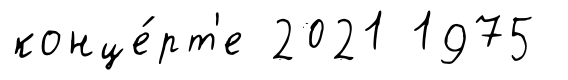
конце́рт'е 2021 1975